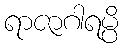
ရာဇာဂါရမ္ပိ